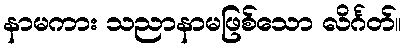
နာမကား သညာနာမဖြစ်သော လိင်္ဂတ်။